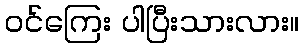
ဝင်ကြေး ပါပြီးသားလား။